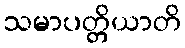
သမာပတ္တိယာတိ